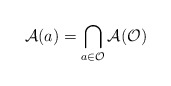
\begin{align*}\mathcal{A}(a)=\bigcap_{a\in \mathcal{O}}\mathcal{A}(\mathcal{O})\end{align*}